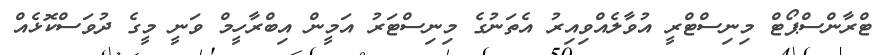
ޓްރާންސްޕޯޓް މިނިސްޓްރީ އުވާލެއްވިއިރު އެތަނުގެ މިނިސްޓަރު އަމީން އިބްރާހީމް ވަނީ މީގެ ދުވަސްކޮޅެއް